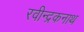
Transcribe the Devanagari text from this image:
रवीन्द्रकनाथ